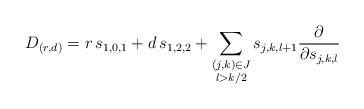
LaTeX: \begin{align*} D_{(r,d)} = r \, s_{1,0,1} + d \, s_{1,2,2} + \sum_{ \substack{ (j, k) \in J \\ l > k/2 } } s_{j,k,l+1} \frac{\partial}{\partial s_{j,k,l}}\end{align*}